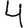
Digit: 4